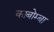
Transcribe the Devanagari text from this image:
काबोम्बा